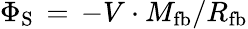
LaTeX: \Phi_{\mathrm{S}}\, =\, -V\cdot M_{\mathrm{fb}}/R_{\mathrm{fb}}